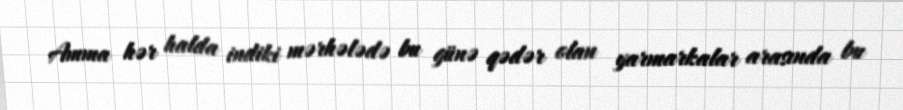
Amma hər halda indiki mərhələdə bu günə qədər olan yarmarkalar arasında bu